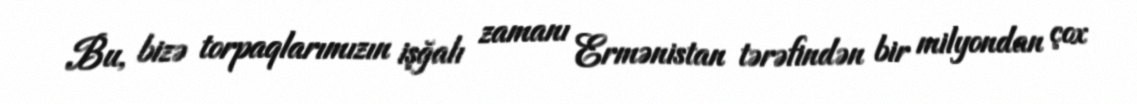
Bu, bizə torpaqlarımızın işğalı zamanı Ermənistan tərəfindən bir milyondan çox